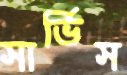
সার্ভিস